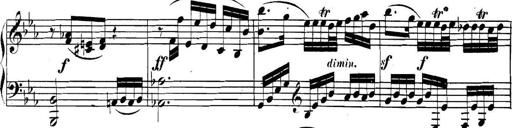
Title: Collected Piano Sonatas
Composer: Muzio Clementi